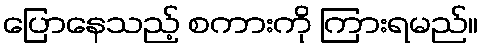
ပြောနေသည့် စကားကို ကြားရမည်။